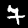
Digit: 7